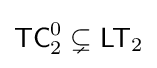
{\mathsf {TC}}_{2}^{0}\subsetneq {\mathsf {LT}}_{2}